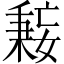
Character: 𫱤